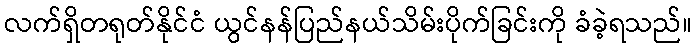
လက်ရှိတရုတ်နိုင်ငံ ယွင်နန်ပြည်နယ်သိမ်းပိုက်ခြင်းကို ခံခဲ့ရသည်။